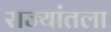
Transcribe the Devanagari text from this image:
राज्यांतला